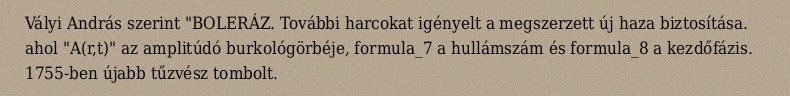
Vályi András szerint "BOLERÁZ. További harcokat igényelt a megszerzett új haza biztosítása. ahol "A(r,t)" az amplitúdó burkológörbéje, formula_7 a hullámszám és formula_8 a kezdőfázis. 1755-ben újabb tűzvész tombolt.